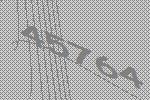
45764